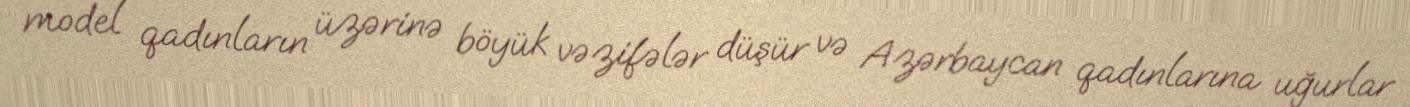
model qadınların üzərinə böyük vəzifələr düşür və Azərbaycan qadınlarına uğurlar